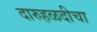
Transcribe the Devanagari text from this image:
दारुहळदीचा